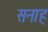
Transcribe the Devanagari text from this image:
सनाह